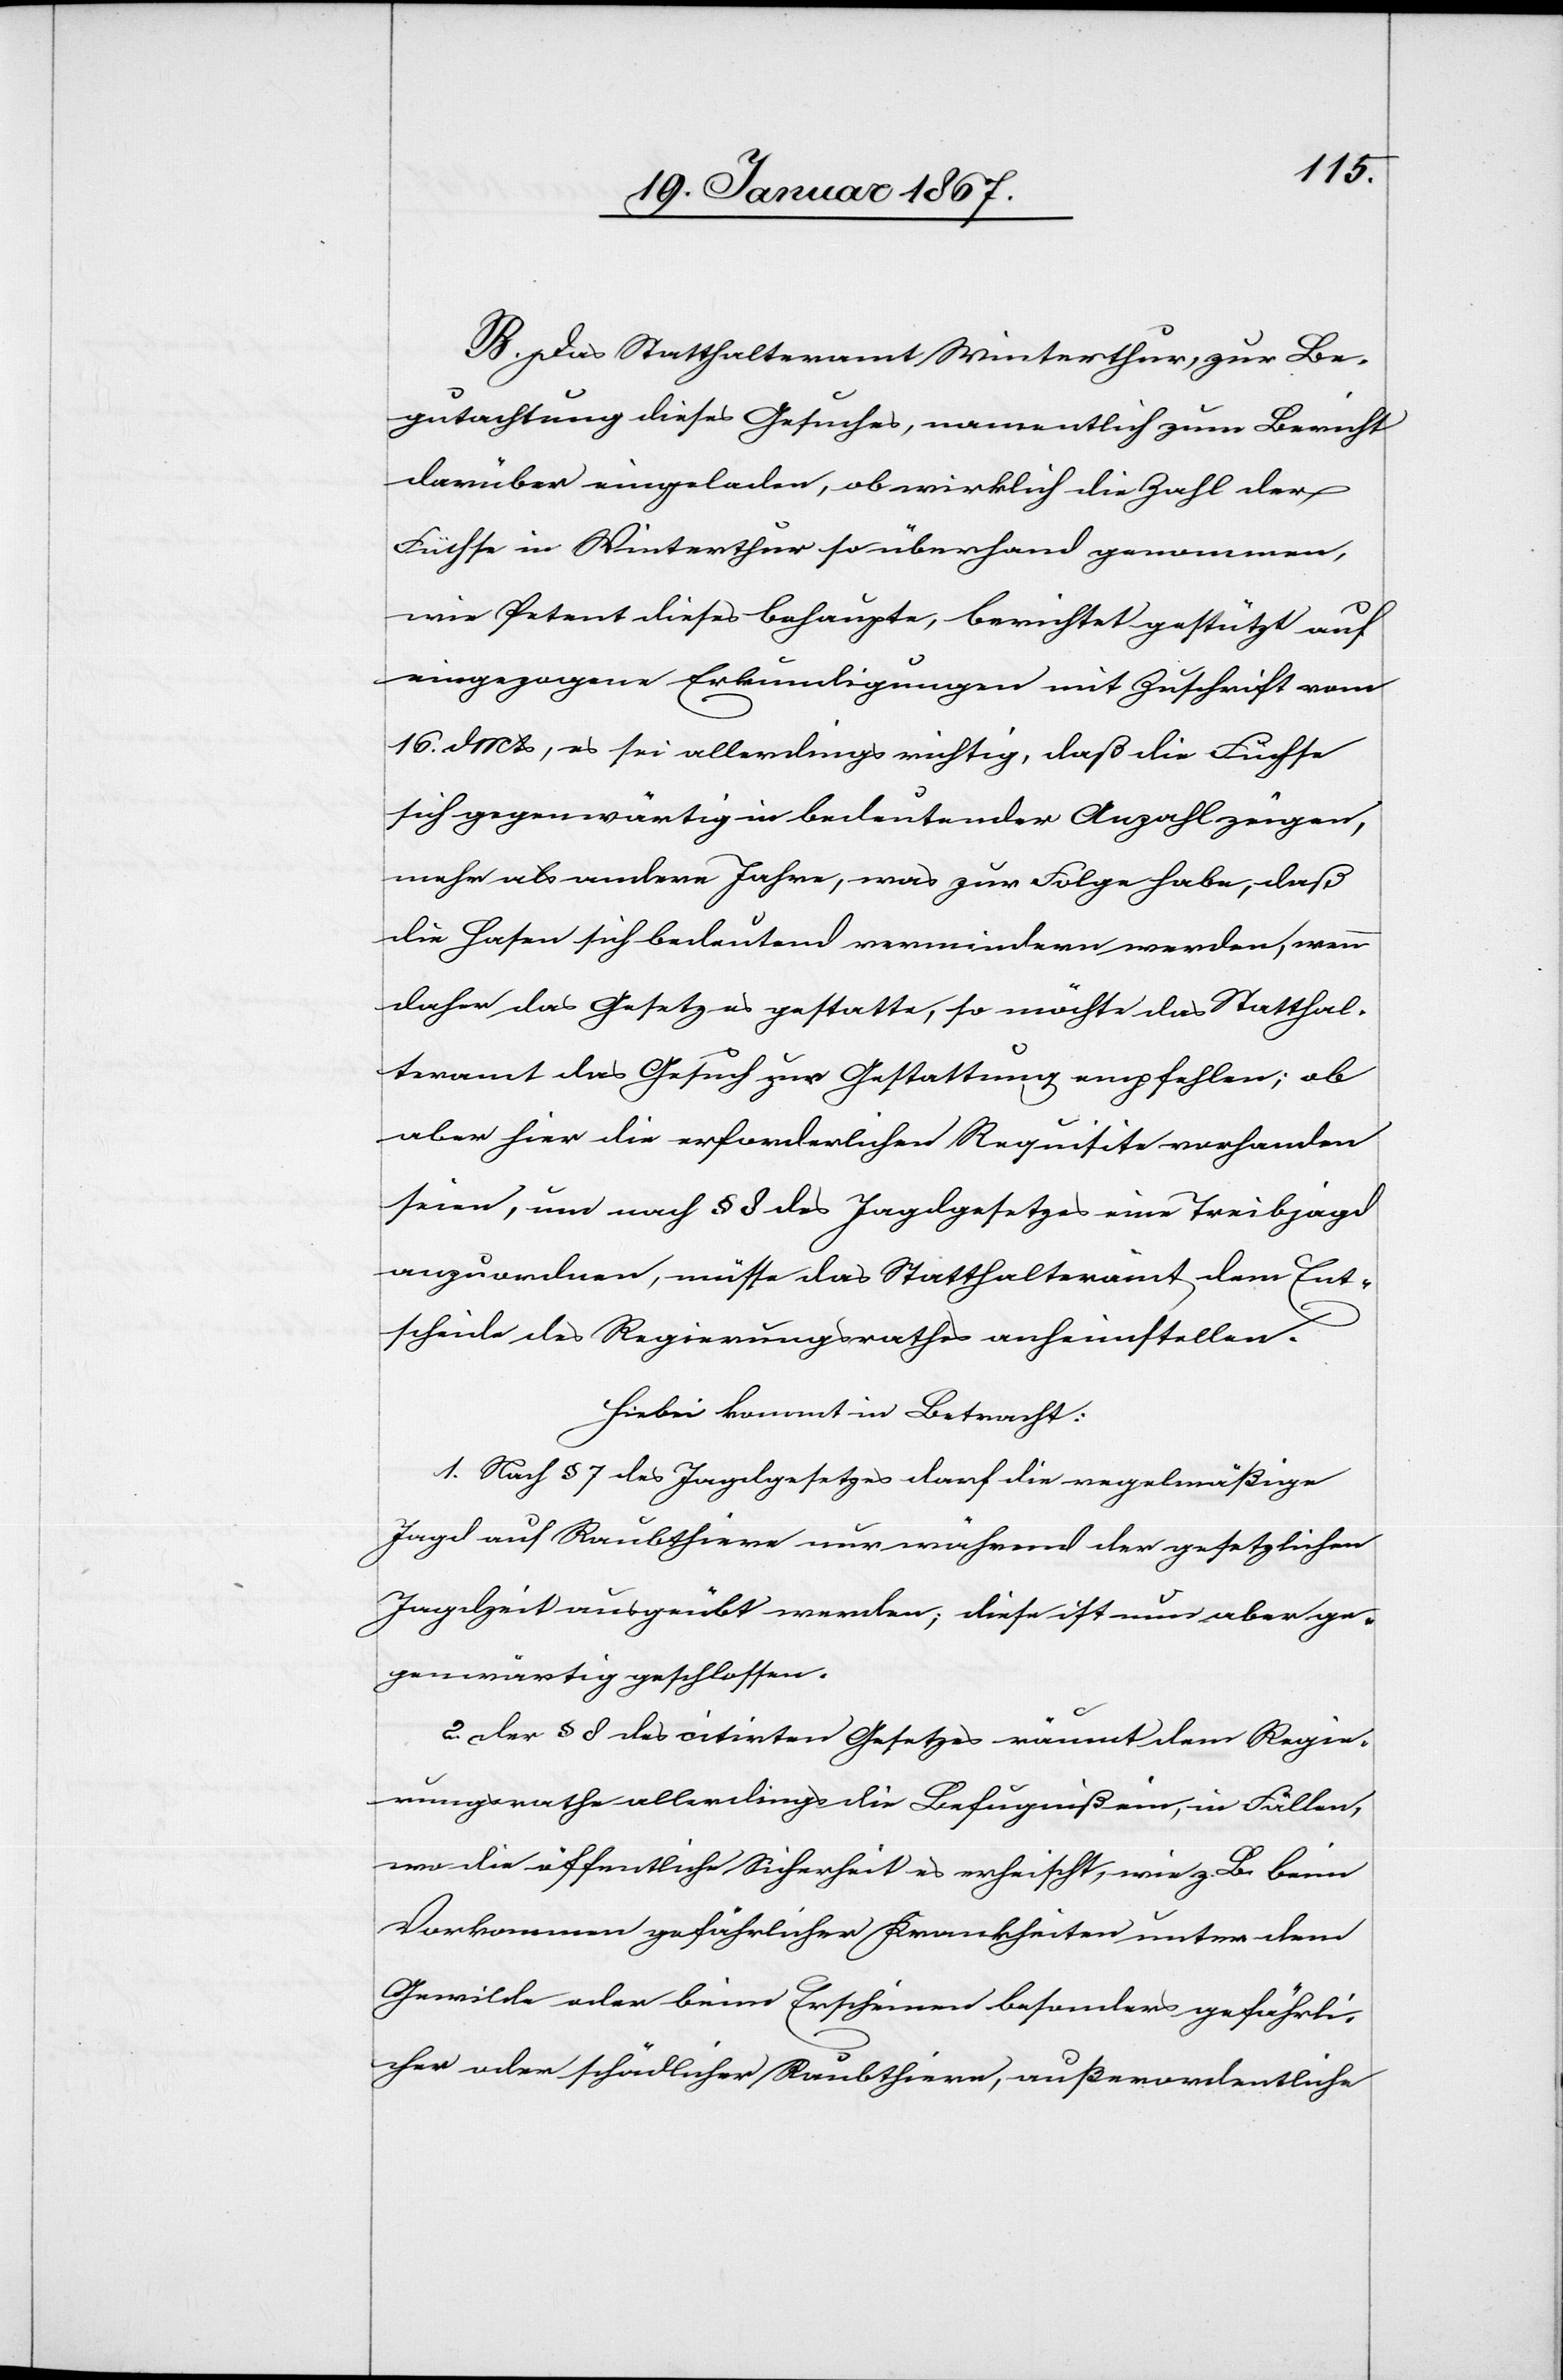
B. Das Statthalteramt Winterthur, zur Be¬
gutachtung dieses Gesuches, namentlich zum Bericht
darüber eingeladen, ob wirklich die Zahl der
Füchse in Winterthur so überhand genommen,
wie Petent dieses behaupte, berichtet gestützt auf
eingezogene Erkundigungen mit Zuschrift vom
16. d. Mts, es sei allerdings richtig, daß die Füchse
sich gegenwärtig in bedeutender Anzahl zeigen,
mehr als andere Jahre, was zur Folge habe, daß
die Hasen sich bedeutend vermindern werden, wenn
daher das Gesetz es gestatte, so möchte das Statthal¬
teramt das Gesuch zur Gestattung empfehlen; ob
aber hier die erforderlichen Requisite vorhanden
seien, um nach § 8 des Jagdgesetzes eine Treibjagd
anzuordnen, müsse das Statthalteramt dem Ent¬
scheide des Regierungsrathes anheimstellen.
Hiebei kommt in Betracht:
1. Nach § 7 des Jagdgesetzes darf die regelmäßige
Jagd auf Raubthiere nur während der gesetzlichen
Jagdzeit ausgeübt werden; diese ist nun aber ge¬
genwärtig geschlossen.
2. Der § 8 des citirten Gesetzes räumt dem Regie¬
rungsrathe allerdings die Befugniß ein, in Fällen,
wo die öffentliche Sicherheit es erheischt, wie z. B. beim
Vorkommen gefährlicher Krankheiten unter dem
Gewilde oder beim Erscheinen besonders gefährli¬
cher oder schädlicher Raubthiere, außerordentliche